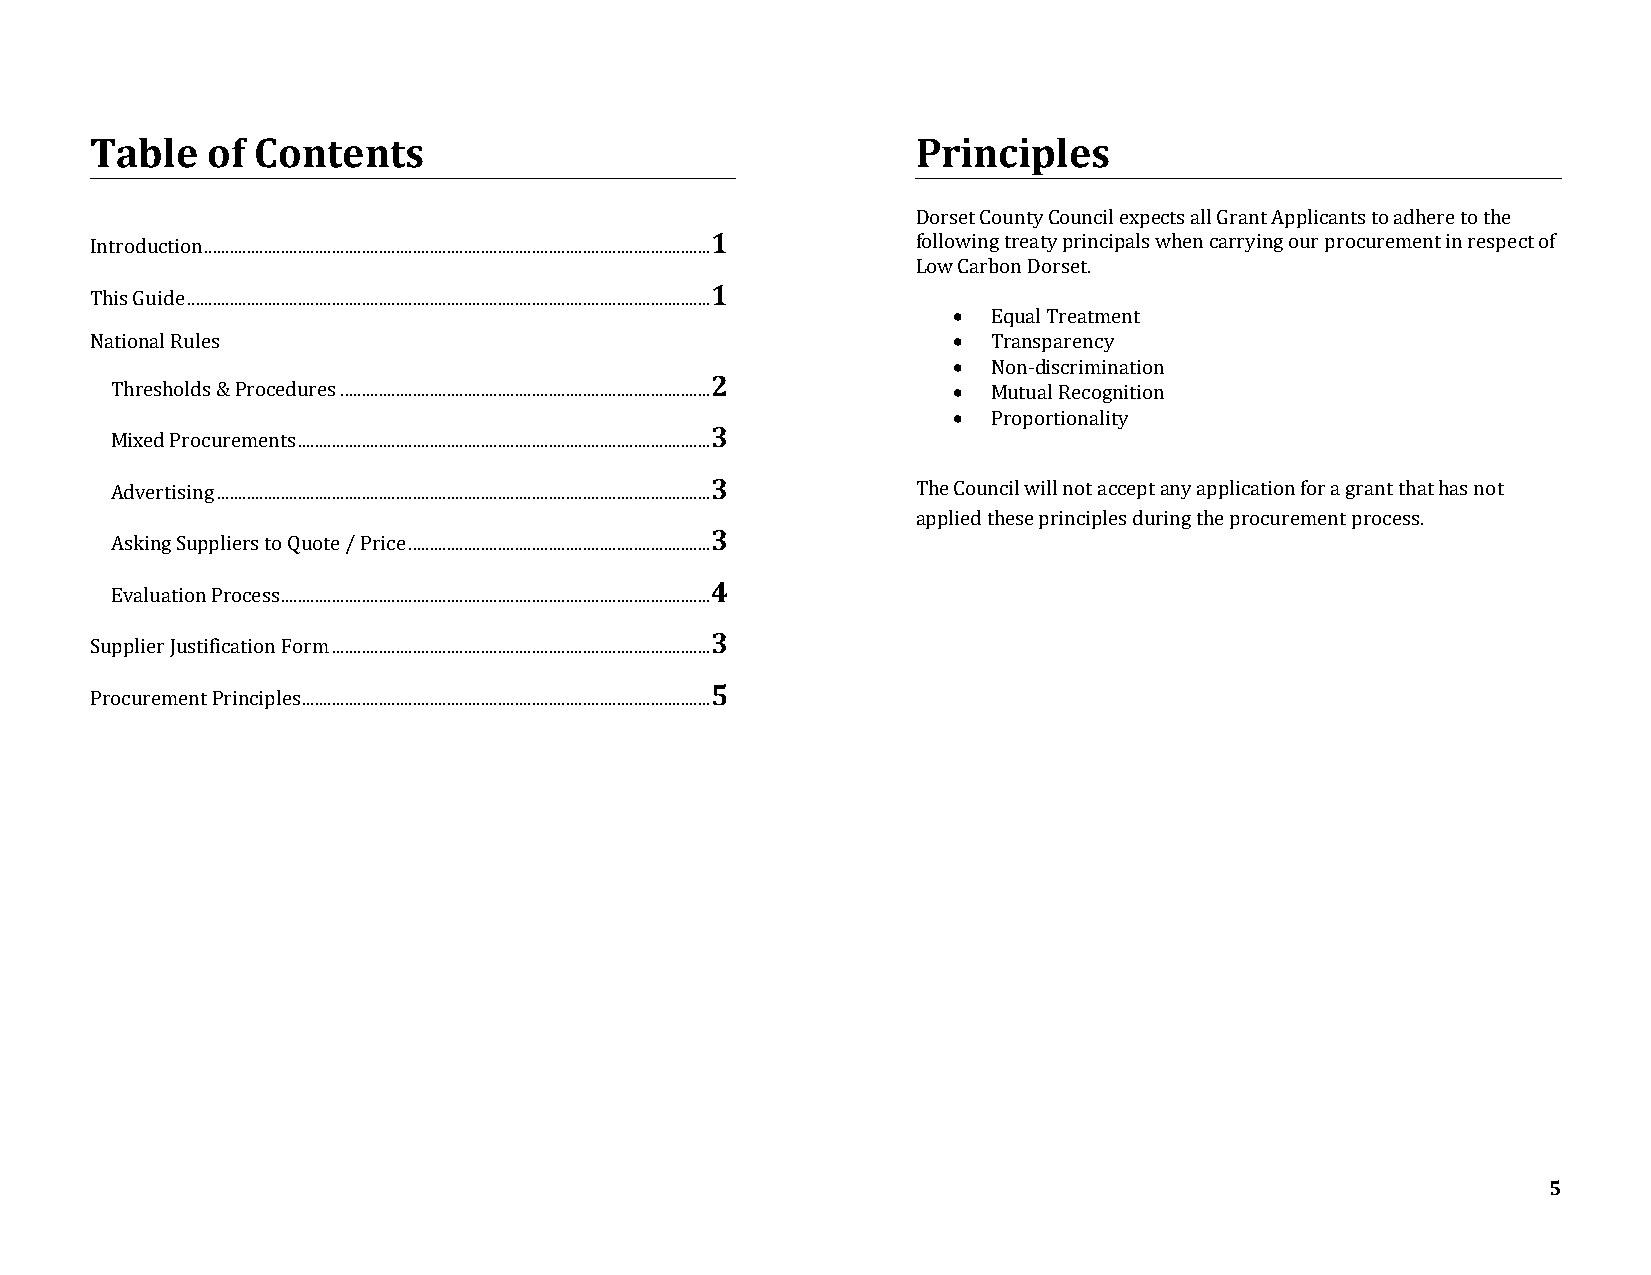
Table   of Contents                                    Principles
 Dorset County Council expects all Grant Applicants to adhere to the
 Introduction ....................................................................................................................... 1 following treaty principals when carrying our procurement in respect of
 Low Carbon Dorset.
 1
 This Guide ...........................................................................................................................
 •  Equal Treatment
 National Rules                                           •  Transparency
 •  Non-discrimination
 2
 Thresholds & Procedures ....................................................................................... • Mutual Recognition
 •  Proportionality
 3
 Mixed Procurements .................................................................................................
 Advertising .................................................................................................................... 3 The Council will not accept any application for a grant that has not
 applied these principles during the procurement process.
 3
 Asking Suppliers to Quote / Price .......................................................................
 4
 Evaluation Process .....................................................................................................
 3
 Supplier Justification Form .........................................................................................
 5
 Procurement Principles ................................................................................................
 5